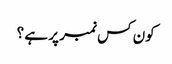
کون کس نمبر پر ہے ؟